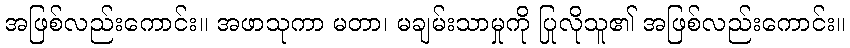
အဖြစ်လည်းကောင်း။ အဖာသုကာ မတာ၊ မချမ်းသာမှုကို ပြုလိုသူ၏ အဖြစ်လည်းကောင်း။